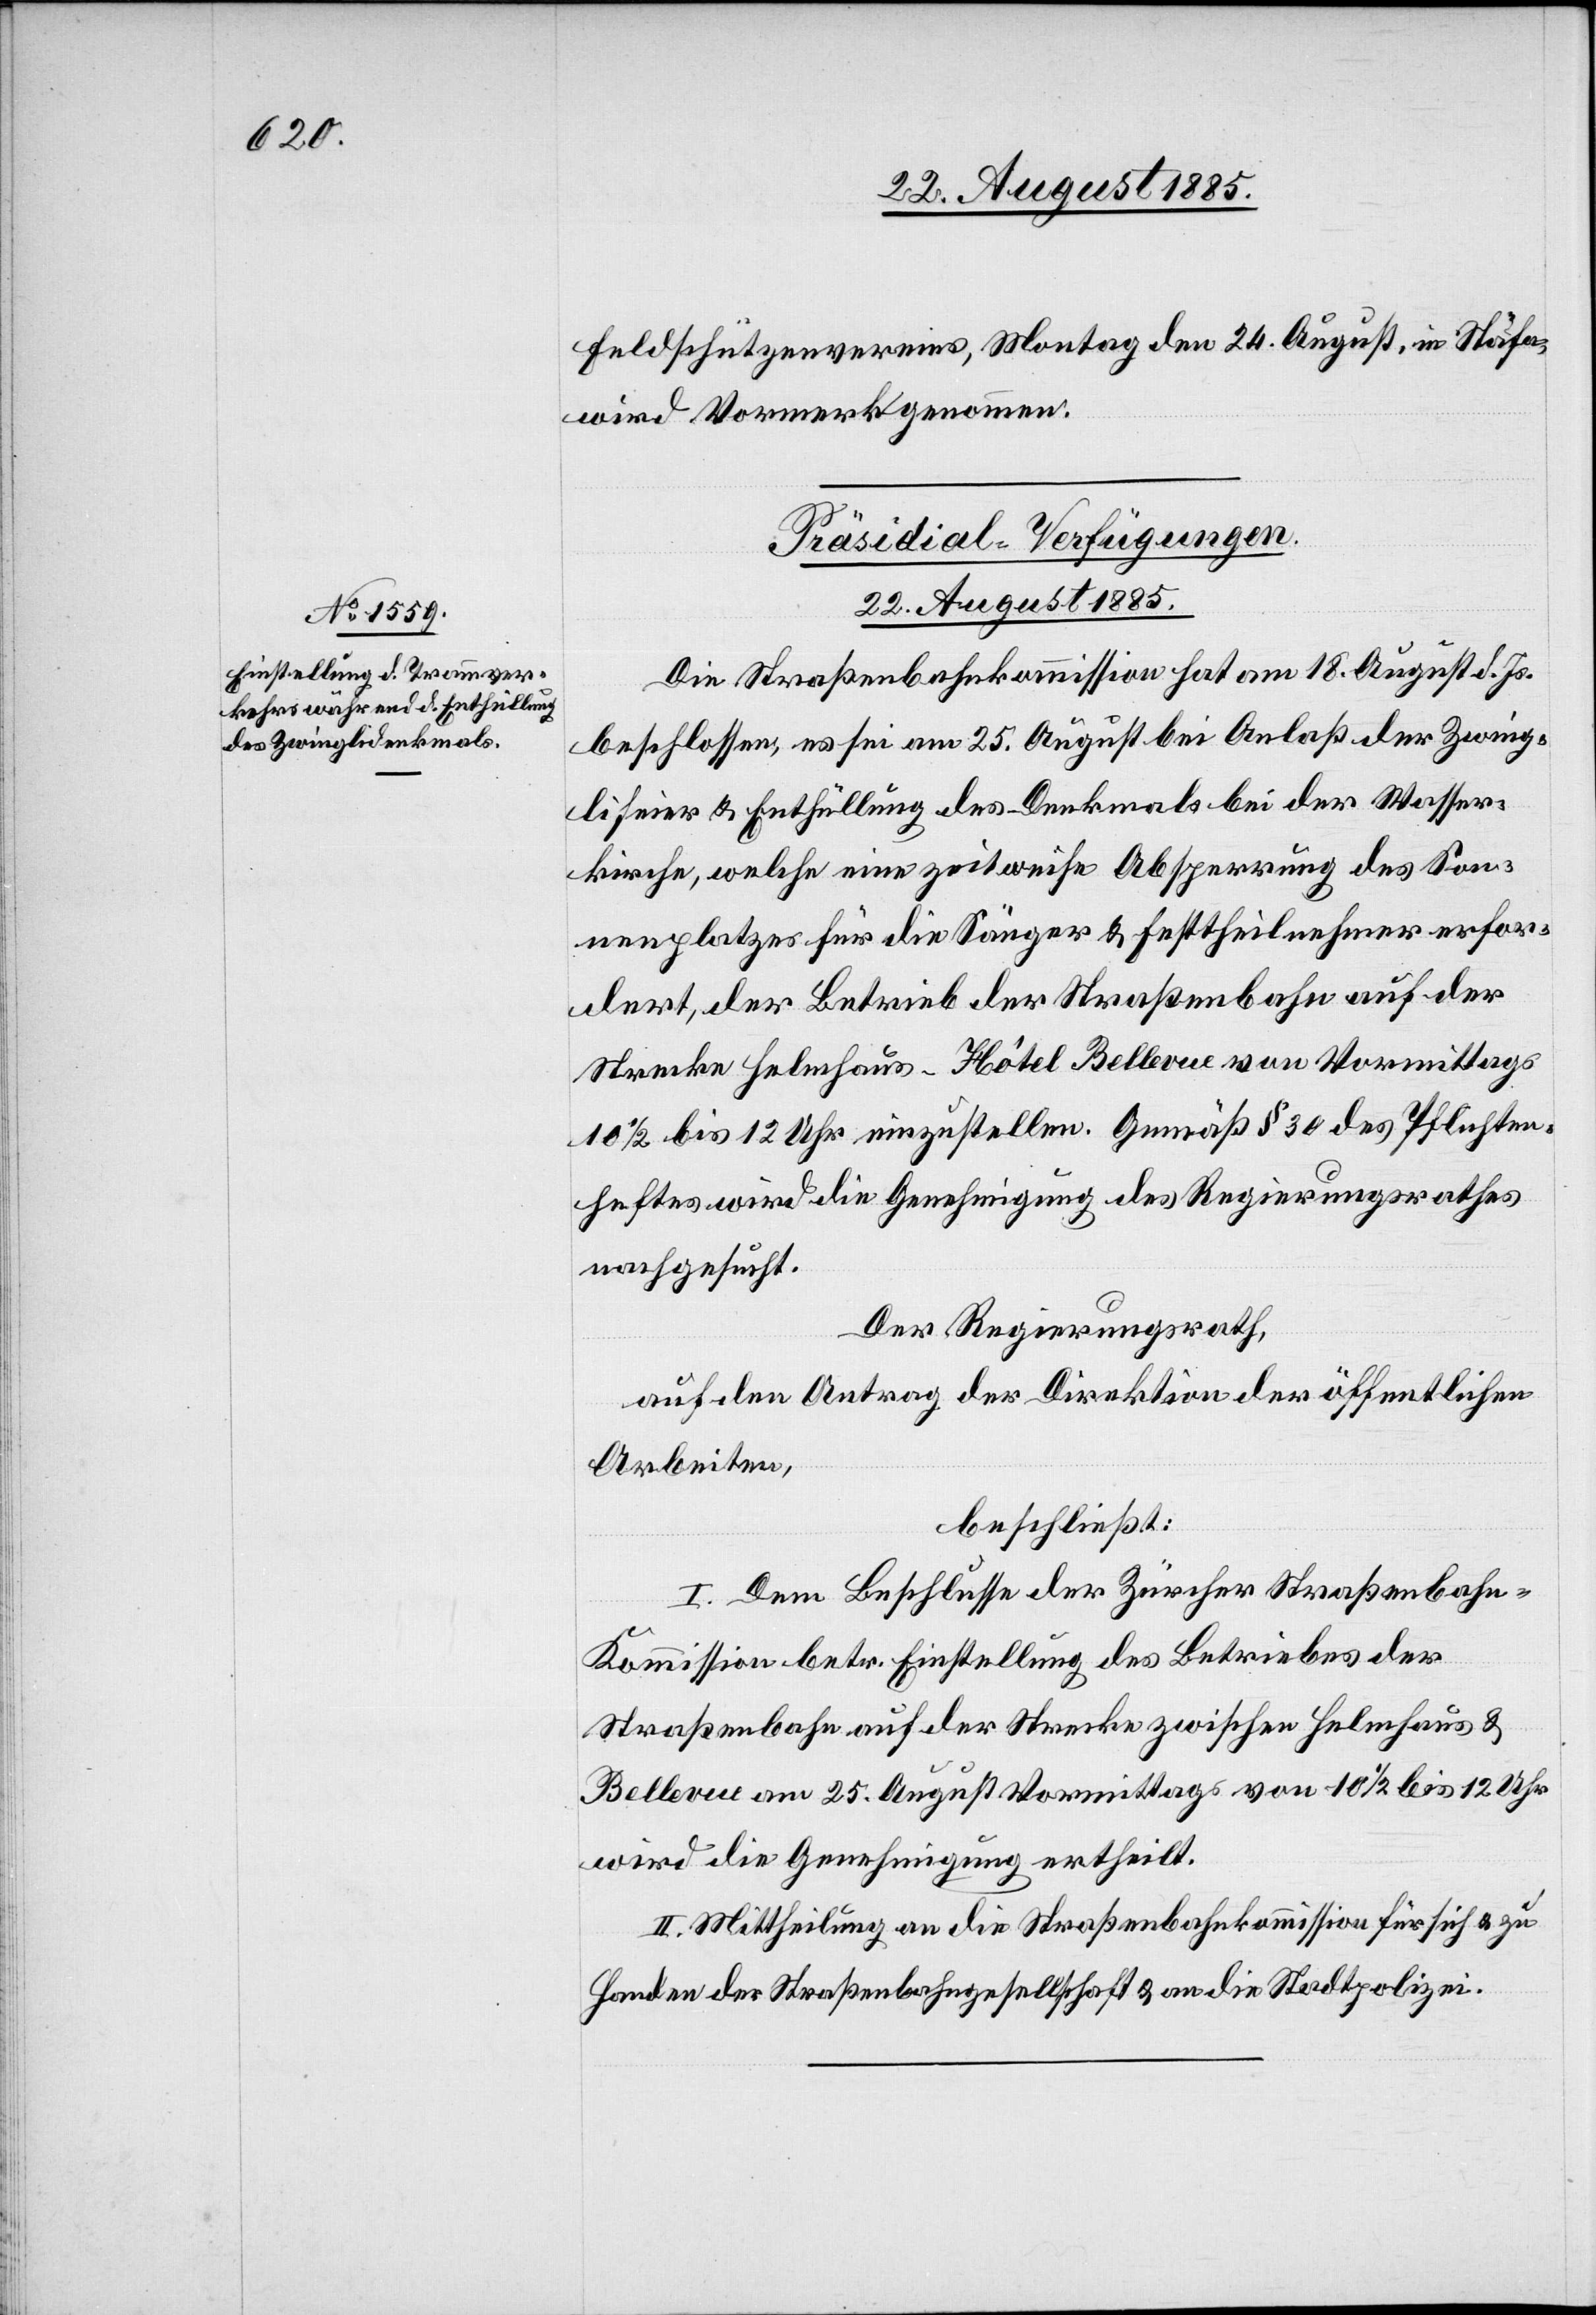
Feldschützenvereins, Montag den 24. August, in Stäfa
wird Vormerk genommen.
Präsidial-Verfügungen.
22. August 1885.
Die Straßenbahnkommission hat am 18. August d. Js.
beschlossen, es sei am 25. August bei Anlaß der Zwing¬
lifeier & Enthüllung des Denkmals bei der Wasser¬
kirche, welche eine zeitweise Absperrung des Son¬
nenplatzes für die Sänger & Festtheilnehmer erfor¬
dert, der Betrieb der Straßenbahn auf der
Strecke Helmhaus–Hôtel Bellevue von Vormittags
10 1/2 bis 12 Uhr einzustellen. Gemäß § 30 des Pflichten¬
heftes wird die Genehmigung des Regierungsrathes
nachgesucht.
Der Regierungsrath,
auf den Antrag der Direktion der öffentlichen
Arbeiten,
beschließt:
I. Dem Beschlusse der Zürcher Straßenbah¬
n-Kommission betr. Einstellung des Betriebes der
Straßenbahn auf der Strecke zwischen Helmhaus &
Bellevue am 25. August Vormittags von 10 1/2 bis 12 Uhr
wird die Genehmigung ertheilt.
II. Mittheilung an die Straßenbahnkommission für sich & zu
Handen der Straßenbahngesellschaft & an die Stadtpolizei.